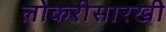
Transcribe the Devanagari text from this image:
लोकरीसारखी